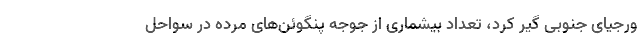
ورجیای جنوبی گیر کرد، تعداد بیشماری از جوجه پنگوئن‌های مرده در سواحل